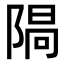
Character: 𨺷